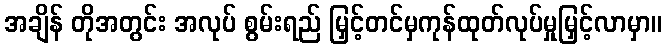
အချိန် တိုအတွင်း အလုပ် စွမ်းရည် မြှင့်တင်မှကုန်ထုတ်လုပ်မှုမြှင့်လာမှာ။